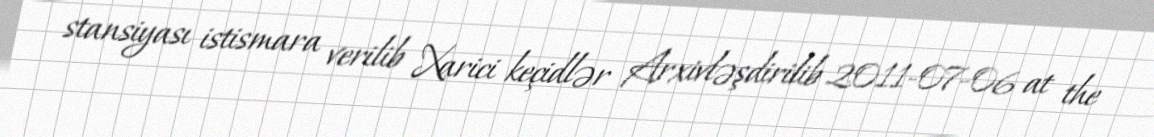
stansiyası istismara verilib Xarici keçidlər Arxivləşdirilib 2011-07-06 at the